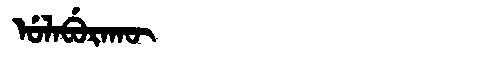
Manchu: ᡠᠯᠠᠪᡠᡵᠠᡴᡡ
Romanization: ULABURAKŪ